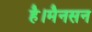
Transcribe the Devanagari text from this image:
है।मैनसन